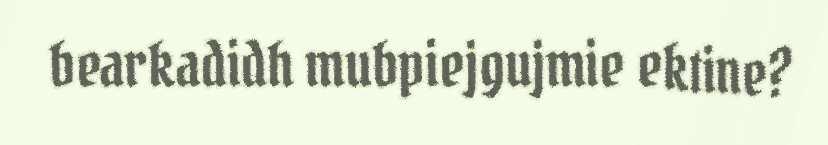
bearkadidh mubpiejgujmie ektine?